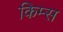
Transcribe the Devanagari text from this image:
किम्स